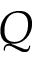
Q